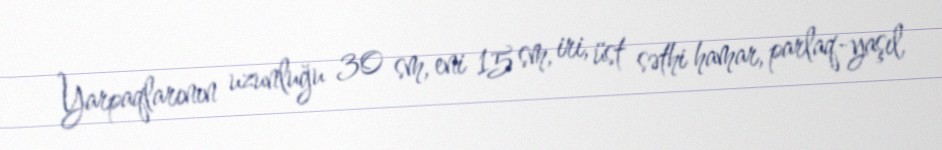
Yarpaqlarının uzunluğu 30 sm, eni 15 sm, iri, üst səthi hamar, parlaq-yaşıl,